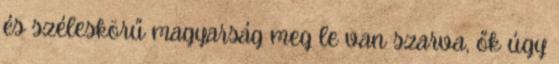
és széleskörű magyarság meg le van szarva, ők úgy